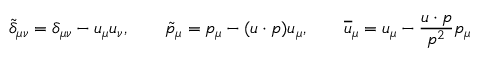
\tilde { \delta } _ { \mu \nu } = \delta _ { \mu \nu } - u _ { \mu } u _ { \nu } , \qquad \tilde { p } _ { \mu } = p _ { \mu } - ( u \cdot p ) u _ { \mu } , \qquad \overline { { { u } } } _ { \mu } = u _ { \mu } - \frac { u \cdot p } { p ^ { 2 } } p _ { \mu }